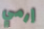
إرمي